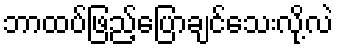
ဘာထပ်ဖြည့်ပြောချင်သေးလို့လဲ